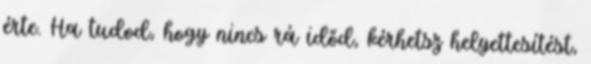
érte. Ha tudod, hogy nincs rá időd, kérhetsz helyettesítést,